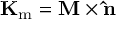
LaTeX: \mathbf { K } _ { \mathrm { m } } = \mathbf { M } \times \mathbf { \hat { n } }